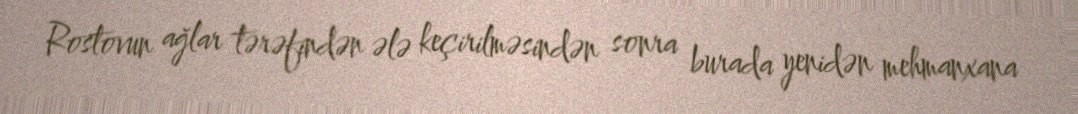
Rostovun ağlar tərəfindən ələ keçirilməsindən sonra burada yenidən mehmanxana